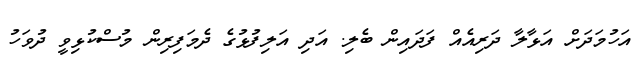
އަހުމަދަށް އަޅާލާ ދަރިއެއް ފަދައިން ބެލި. އަދި އަލިފުޅުގެ ދެމަފިރިން މުސްކުޅިވީ ދުވަހު